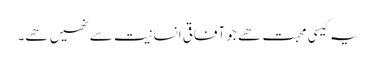
یہ کیسی محبت ھے جو آفاقی انسانیت سے نھیں ھے۔